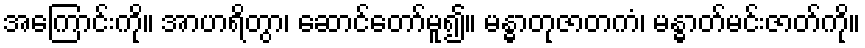
အကြောင်းကို။ အာဟရိတွာ၊ ဆောင်တော်မူ၍။ မန္ဓာတုဇာတကံ၊ မန္ဓာတ်မင်းဇာတ်ကို။